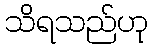
သိရသည်ဟု